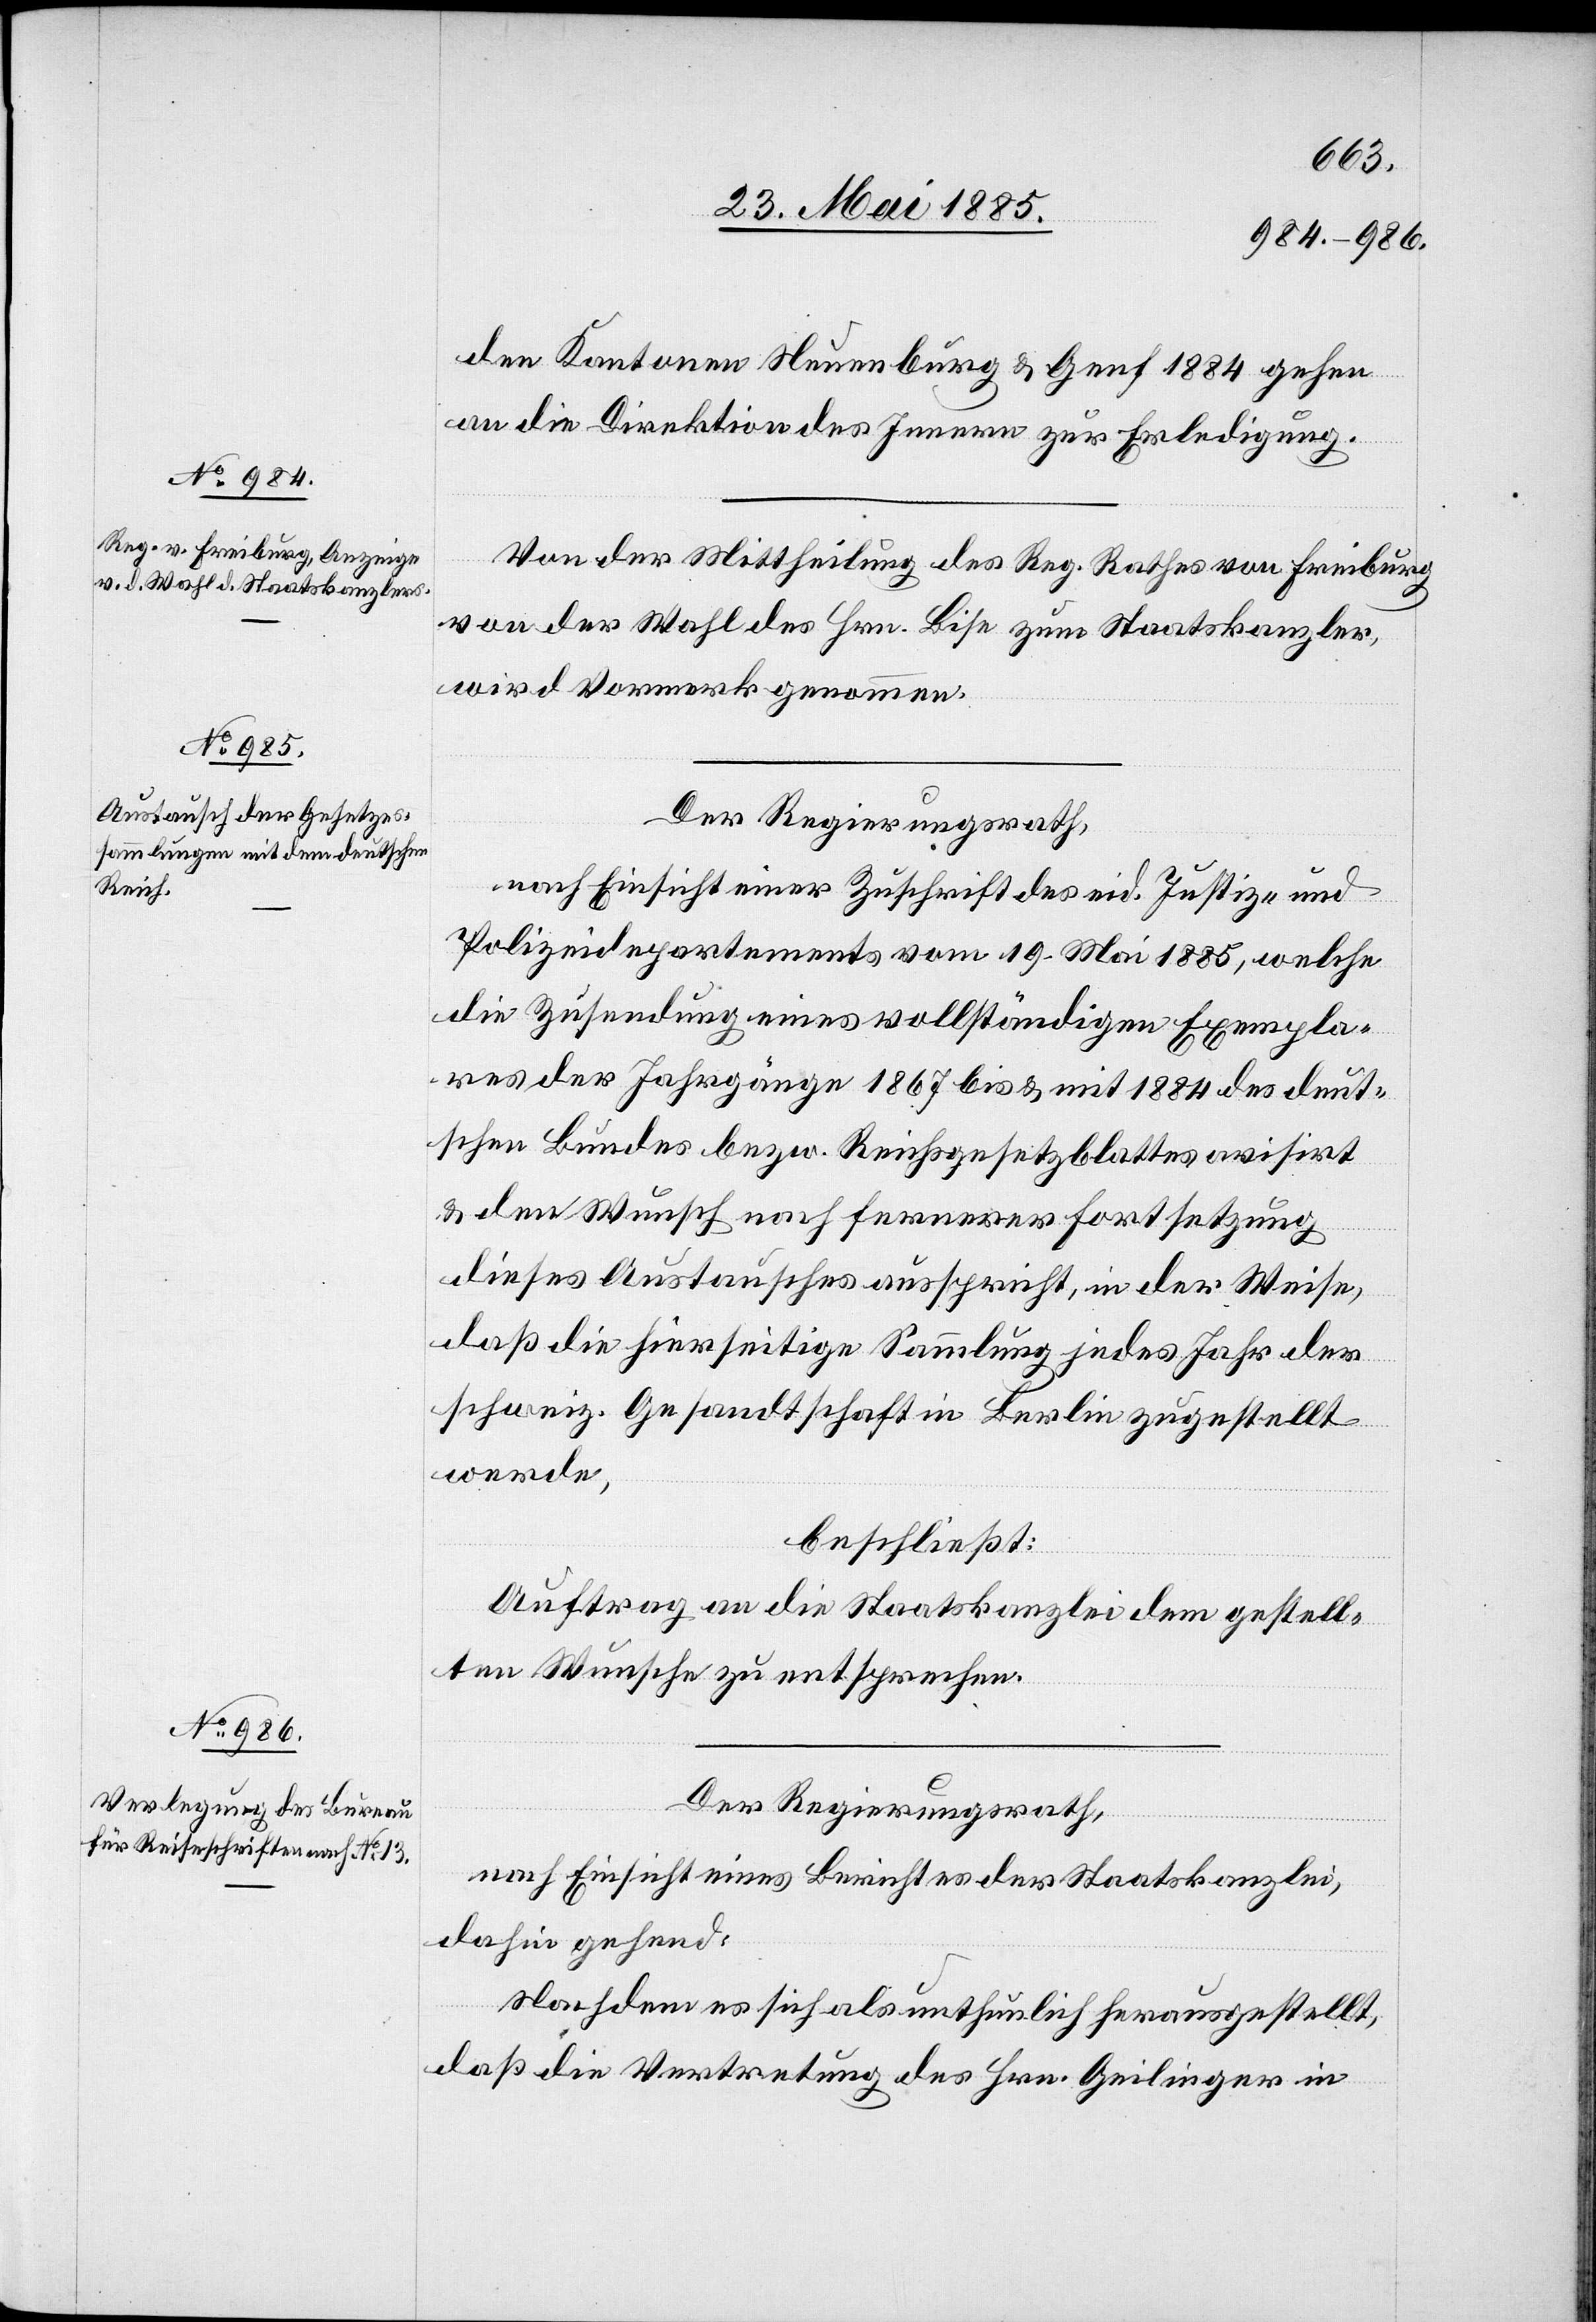
den Kantonen Neuenburg & Genf 1884 gehen
an die Direktion des Innern zur Erledigung.
Von der Mittheilung des Reg. Rathes von Freiburg
von der Wahl des Hrn. Bise zum Staatskanzler,
wird Vormerk genommen.
Der Regierungsrath,
nach Einsicht einer Zuschrift des eid. Justiz- und
Polizeidepartements vom 19. Mai 1885, welche
die Zusendung eines vollständigen Exempla¬
res der Jahrgänge 1867 bis & mit 1884 des deut¬
schen Bundes bezw. Reichsgesetzblattes avisirt
& dem Wunsch nach fernerer Fortsetzung
dieses Austausches ausspricht, in der Weise,
daß die hierseitige Sammlung jedes Jahr der
schweiz. Gesandtschaft in Berlin zugestellt
werde,
beschließt:
Auftrag an die Staatskanzlei dem gestell¬
ten Wunsche zu entsprechen.
Der Regierungsrath,
nach Einsicht eines Berichtes der Staatskanzlei,
dahin gehend:
Nachdem es sich als unthunlich herausgestellt,
daß die Vertretung des Hrn. Geilinger in